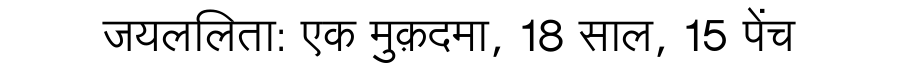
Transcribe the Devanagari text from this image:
जयललिता: एक मुक़दमा, 18 साल, 15 पेंच